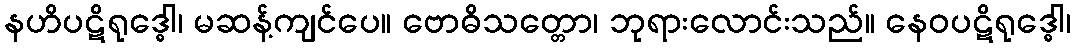
နဟိပဋိရုဒ္ဓေါ၊ မဆန့်ကျင်ပေ။ ဗောဓိသတ္တော၊ ဘုရားလောင်းသည်။ နေဝပဋိရုဒ္ဓေါ၊